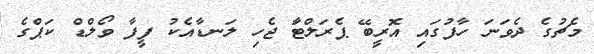
މެޗުގެ ދެވަނަ ހާފުގައި އޮރީބޭ ޕެރަލްޓާަ ޖެހި ލަނޑާއެކު ފީފާ ވޯލްޑް ކަޕްގެ